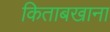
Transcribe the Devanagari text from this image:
किताबखाना